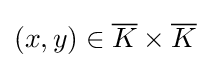
(x,y)\in {\overline {K}}\times {\overline {K}}